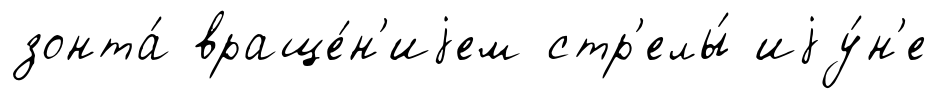
зонта́ враще́н'иjем стр'елы́ иjу́н'е